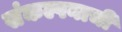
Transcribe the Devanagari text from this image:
संकल्पनाची